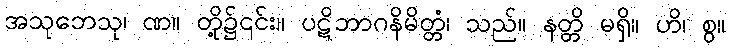
အသုဘေသု၊ ဏ။ တို့၌၎င်း။ ပဋိဘာဂနိမိတ္တံ၊ သည်။ နတ္တိ မရှိ။ ဟိ၊ စွ။